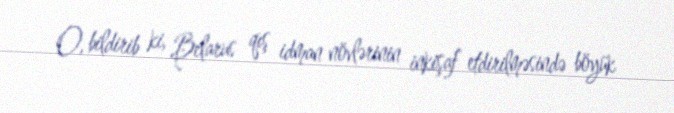
O, bildirib ki, Belarus qış idman növlərinin inkişaf etdirilməsində böyük